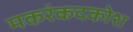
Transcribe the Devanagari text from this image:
मकरंकदकोश